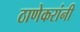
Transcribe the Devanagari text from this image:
ठाणेकरांनी